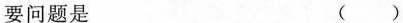
要问题是 ( )